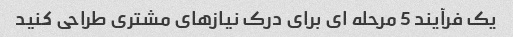
یک فرآیند 5 مرحله ای برای درک نیازهای مشتری طراحی کنید